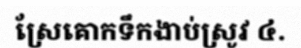
ស្រែគោកទឹកងាប់ស្រូវ ៤.